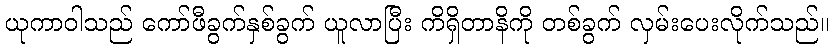
ယုကာဝါသည် ကော်ဖီခွက်နှစ်ခွက် ယူလာပြီး ကိရှိတာနိကို တစ်ခွက် လှမ်းပေးလိုက်သည်။